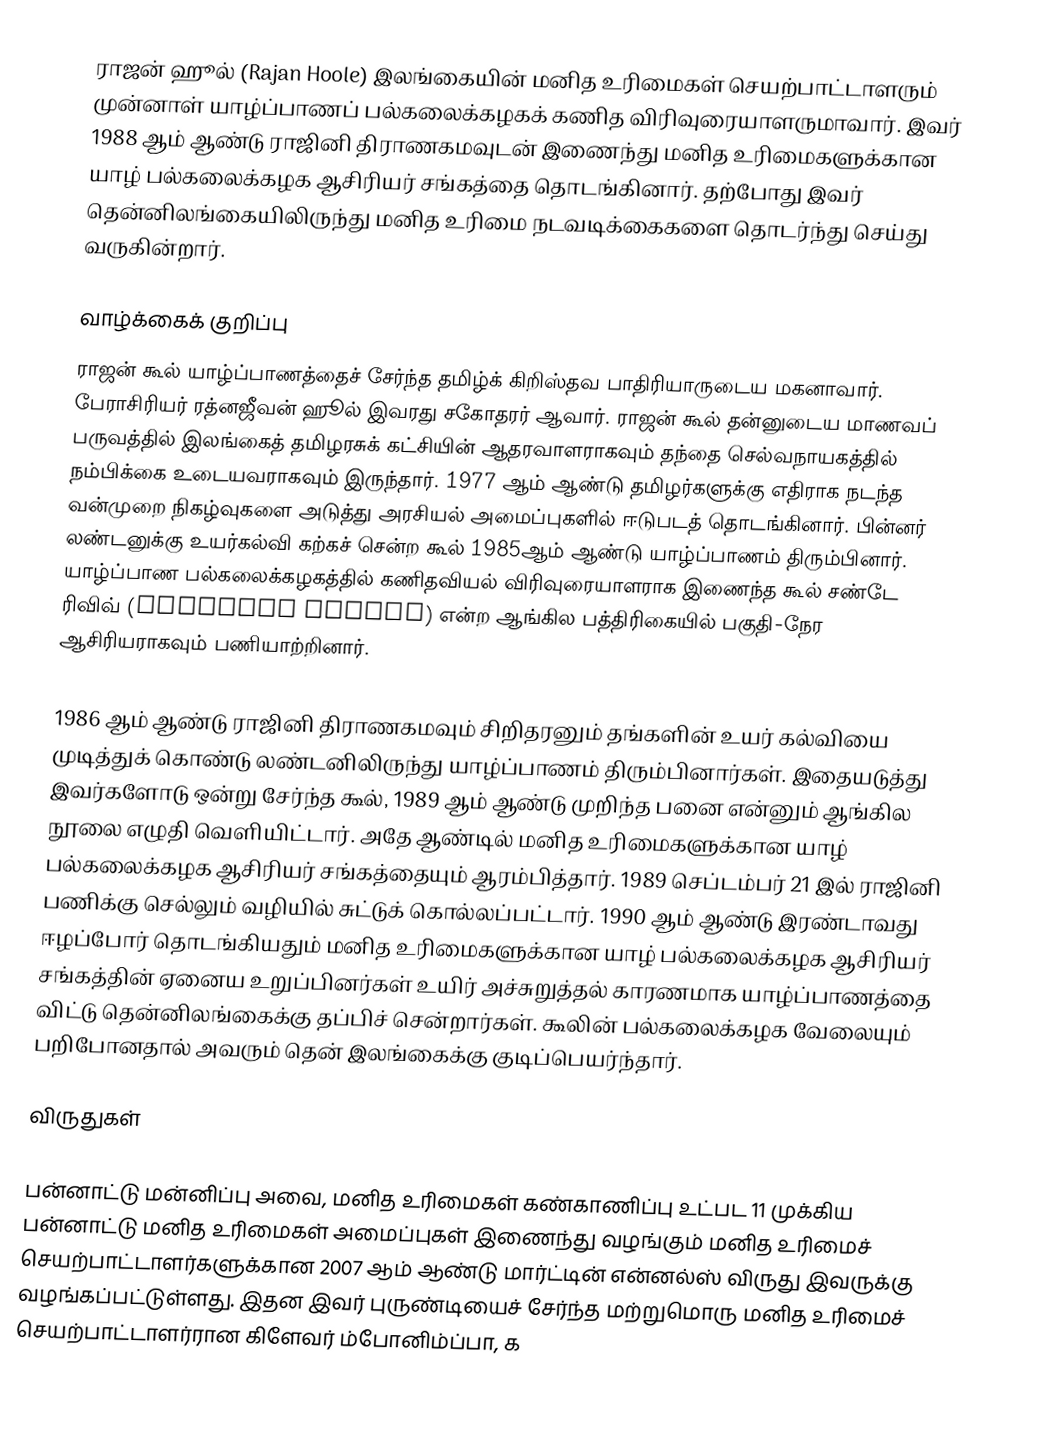
ராஜன் ஹூல் (Rajan Hoole) இலங்கையின் மனித உரிமைகள் செயற்பாட்டாளரும் முன்னாள் யாழ்ப்பாணப் பல்கலைக்கழகக் கணித விரிவுரையாளருமாவார். இவர் 1988 ஆம் ஆண்டு ராஜினி திராணகமவுடன் இணைந்து மனித உரிமைகளுக்கான யாழ் பல்கலைக்கழக ஆசிரியர் சங்கத்தை தொடங்கினார். தற்போது இவர் தென்னிலங்கையிலிருந்து மனித உரிமை நடவடிக்கைகளை தொடர்ந்து செய்து வருகின்றார்.

வாழ்க்கைக் குறிப்பு
ராஜன் கூல் யாழ்ப்பாணத்தைச் சேர்ந்த தமிழ்க் கிறிஸ்தவ பாதிரியாருடைய மகனாவார். பேராசிரியர் ரத்னஜீவன் ஹூல் இவரது சகோதரர் ஆவார். ராஜன் கூல் தன்னுடைய மாணவப் பருவத்தில் இலங்கைத் தமிழரசுக் கட்சியின் ஆதரவாளராகவும் தந்தை செல்வநாயகத்தில் நம்பிக்கை உடையவராகவும் இருந்தார். 1977 ஆம் ஆண்டு தமிழர்களுக்கு எதிராக நடந்த வன்முறை நிகழ்வுகளை அடுத்து அரசியல் அமைப்புகளில் ஈடுபடத் தொடங்கினார். பின்னர் லண்டனுக்கு உயர்கல்வி கற்கச் சென்ற கூல் 1985ஆம் ஆண்டு யாழ்ப்பாணம் திரும்பினார். யாழ்ப்பாண பல்கலைக்கழகத்தில் கணிதவியல் விரிவுரையாளராக இணைந்த கூல் சண்டே ரிவிவ் (Saturday Review)  என்ற ஆங்கில பத்திரிகையில் பகுதி-நேர ஆசிரியராகவும் பணியாற்றினார்.

1986 ஆம் ஆண்டு ராஜினி திராணகமவும் சிறிதரனும் தங்களின் உயர் கல்வியை முடித்துக் கொண்டு லண்டனிலிருந்து யாழ்ப்பாணம் திரும்பினார்கள். இதையடுத்து இவர்களோடு ஒன்று சேர்ந்த கூல், 1989 ஆம் ஆண்டு முறிந்த பனை என்னும் ஆங்கில நூலை எழுதி வெளியிட்டார். அதே ஆண்டில் மனித உரிமைகளுக்கான யாழ் பல்கலைக்கழக ஆசிரியர் சங்கத்தையும் ஆரம்பித்தார். 1989 செப்டம்பர் 21 இல் ராஜினி பணிக்கு செல்லும் வழியில் சுட்டுக் கொல்லப்பட்டார். 1990 ஆம் ஆண்டு இரண்டாவது ஈழப்போர் தொடங்கியதும் மனித உரிமைகளுக்கான யாழ் பல்கலைக்கழக ஆசிரியர் சங்கத்தின் ஏனைய உறுப்பினர்கள் உயிர் அச்சுறுத்தல் காரணமாக யாழ்ப்பாணத்தை விட்டு தென்னிலங்கைக்கு தப்பிச் சென்றார்கள். கூலின் பல்கலைக்கழக வேலையும் பறிபோனதால் அவரும் தென் இலங்கைக்கு குடிப்பெயர்ந்தார்.

விருதுகள்

பன்னாட்டு மன்னிப்பு அவை, மனித உரிமைகள் கண்காணிப்பு உட்பட 11 முக்கிய பன்னாட்டு மனித உரிமைகள் அமைப்புகள் இணைந்து வழங்கும்   மனித உரிமைச் செயற்பாட்டாளர்களுக்கான 2007 ஆம் ஆண்டு மார்ட்டின் என்னல்ஸ் விருது இவருக்கு வழங்கப்பட்டுள்ளது. இதன இவர் புருண்டியைச் சேர்ந்த மற்றுமொரு மனித உரிமைச் செயற்பாட்டாளர்ரான கிளேவர் ம்போனிம்ப்பா, க